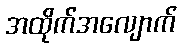
အထိုက်အလျောက်